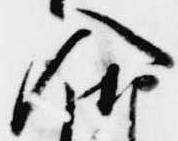
入